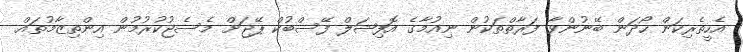
އެހީތެރިކަން ހޯދަން ބޭނުންވާ ފަރާތްތަކުން ނިއުމާގެ އޮފިޝަލް ފޭސްބުކް ޕޭޖަށް މެސެޖުކުރުމުން އިންތިޒާމުތައް